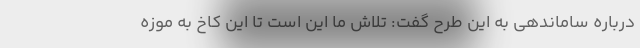
درباره ساماندهی به این طرح گفت: تلاش ما این است تا این کاخ به موزه